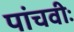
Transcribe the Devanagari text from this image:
पांचवीः